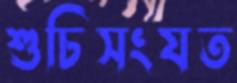
শুচিসংযত